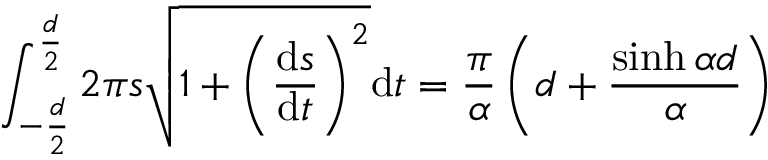
\int _ { - \frac { d } { 2 } } ^ { \frac { d } { 2 } } 2 \pi s \sqrt { 1 + \left( \frac { \mathrm { d } s } { \mathrm { d } t } \right) ^ { 2 } } \mathrm { d } t = \frac { \pi } { \alpha } \left( d + \frac { \sinh \alpha d } { \alpha } \right)